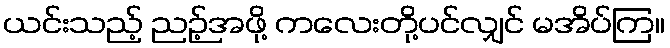
ယင်းသည့် ညဉ့်အဖို့ ကလေးတို့ပင်လျှင် မအိပ်ကြ။